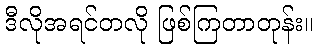
ဒီလိုအရင်တလို ဖြစ်ကြတာတုန်း။